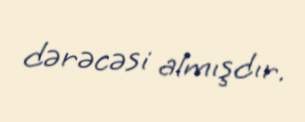
dərəcəsi almışdır.